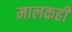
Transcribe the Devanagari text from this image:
मालकही